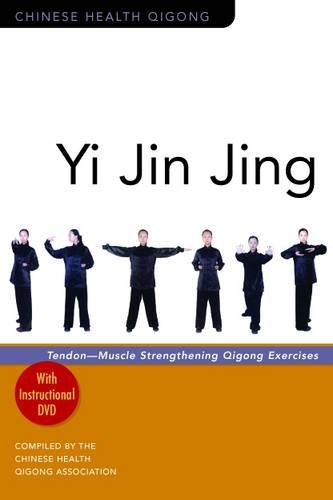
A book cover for Yi Jin Jing: Tendon-Muscle Strengthening Qigong Exercises (Cninese Health Qigong); Health, Fitness & Dieting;